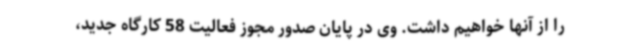
را از آنها خواهیم داشت. وی در پایان صدور مجوز فعالیت 58 کارگاه جدید،